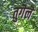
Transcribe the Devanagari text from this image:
तुगॆलॆ